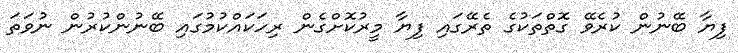
ފިޔާ ބޭނުން ކުރެވޭ ގޮތްތަކުގެ ތެރޭގައި ފިޔާ މީރުކޮށްގެން ރިހަކައްކުމުގައި ބޭނުންކުރުން ނުވަތަ